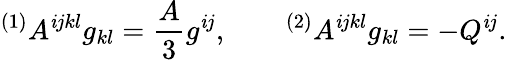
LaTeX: {}^{(1)}A^{\mathit{i}jkl}g_{kl}=\frac{A}{3}g^{\mathit{i}j},\qquad{}^{(2)}A^{\mathit{i}jkl}g_{kl}=-Q^{\mathit{i}j}.